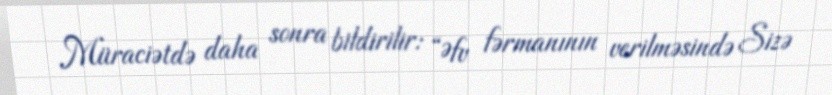
Müraciətdə daha sonra bildirilir: “Əfv fərmanının verilməsində Sizə